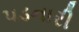
પડનારી